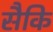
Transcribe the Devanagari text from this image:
सैकि